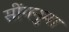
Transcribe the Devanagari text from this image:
सींगनुमा